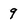
Character: 9